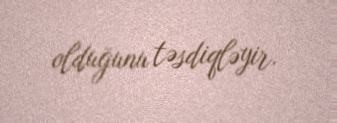
olduğunu təsdiqləyir.